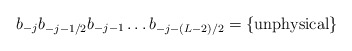
\begin{align*}b_{-j}b_{-j-1/2}b_{-j-1}\ldots b_{-j-(L-2)/2}=\{\mbox{unphysical}\}\end{align*}